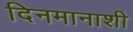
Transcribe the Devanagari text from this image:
दिनमानाशी